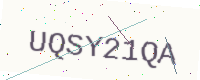
Text: UQSY21QA